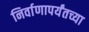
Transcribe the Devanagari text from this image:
निर्वाणापर्यंतच्या